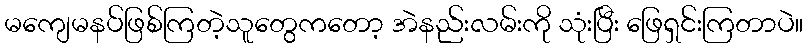
မကျေမနပ်ဖြစ်ကြတဲ့သူတွေကတော့ အဲနည်းလမ်းကို သုံးပြီး ဖြေရှင်းကြတာပဲ။